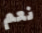
نعم